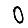
Digit: 0